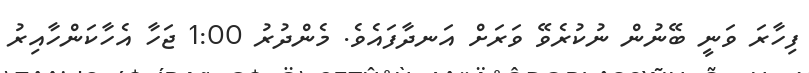
ފިހާރަ ވަނީ ބޭނުން ނުކުރެވޭ ވަރަށް އަނދާފައެވެ. މެންދުރު 1:00 ޖަހާ އެހާކަންހާއިރު